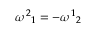
{ \omega ^ { 2 } } _ { 1 } = - { \omega ^ { 1 } } _ { 2 }